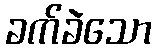
ခက်ခဲသော